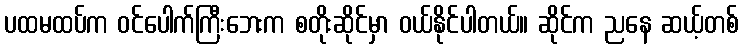
ပထမထပ်က ဝင်ပေါက်ကြီးဘေးက စတိုးဆိုင်မှာ ဝယ်နိုင်ပါတယ်။ ဆိုင်က ညနေ ဆယ့်တစ်